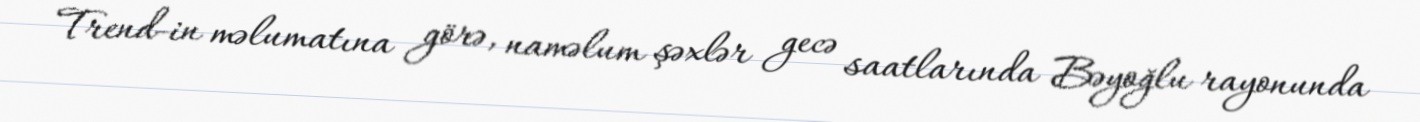
Trend-in məlumatına görə, naməlum şəxlər gecə saatlarında Bəyoğlu rayonunda